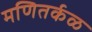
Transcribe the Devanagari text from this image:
मणितर्कळ